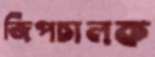
জিপচালক